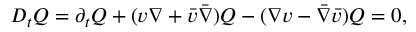
D _ { t } Q = \partial _ { t } Q + ( v \nabla + \bar { v } \bar { \nabla } ) Q - ( \nabla v - \bar { \nabla } \bar { v } ) Q = 0 ,